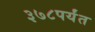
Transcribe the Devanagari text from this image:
३७८पर्यंत